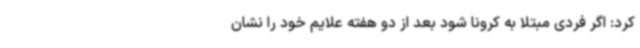
کرد: اگر فردی مبتلا به کرونا شود بعد از دو هفته علایم خود را نشان